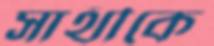
সাথীকে